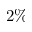
2 \%